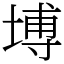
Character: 㙛